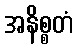
အနိစ္စတံ